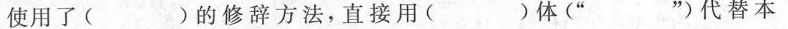
使用了( )的修辞方法，直接用( )体(” ”)代替本